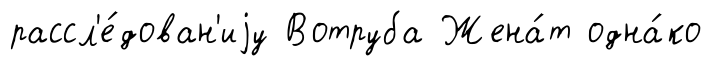
рассл'е́дован'иjу Вотруба Жена́т одна́ко